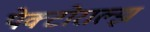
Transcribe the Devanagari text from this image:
पेक्टोराल्झ